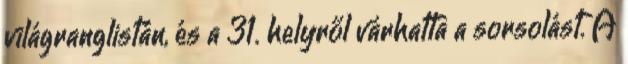
világranglistán, és a 31. helyről várhatta a sorsolást. A